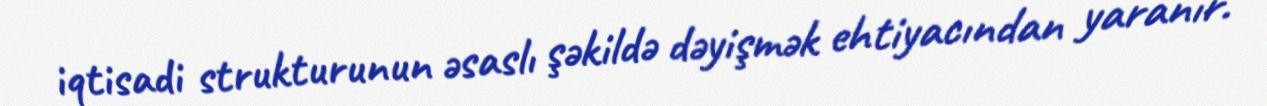
iqtisadi strukturunun əsaslı şəkildə dəyişmək ehtiyacından yaranır.